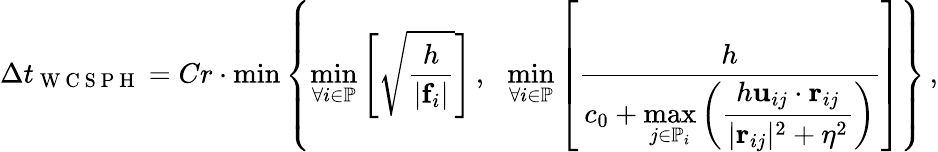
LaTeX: \Delta t_{\mathrm{~W~C~S~P~H~}}=Cr\cdot\operatorname*{min}\left\lbrace\operatorname*{min}_{\forall i\in\mathbb{P}}\left[\sqrt{\frac{h}{\vert\mathbf{f}_{i}\vert}}\right]\, ,\: \: \: \operatorname*{min}_{\forall i\in\mathbb{P}}\left[\frac{h}{c_{0}+\displaystyle\operatorname*{max}_{j\in\mathbb{P}_{i}}\left(\frac{h\mathbf{u}_{ij}\cdot\mathbf{r}_{ij}}{\vert\mathbf{r}_{ij}\vert^{2}+\eta^{2}}\right)}\right]\right\rbrace\, ,